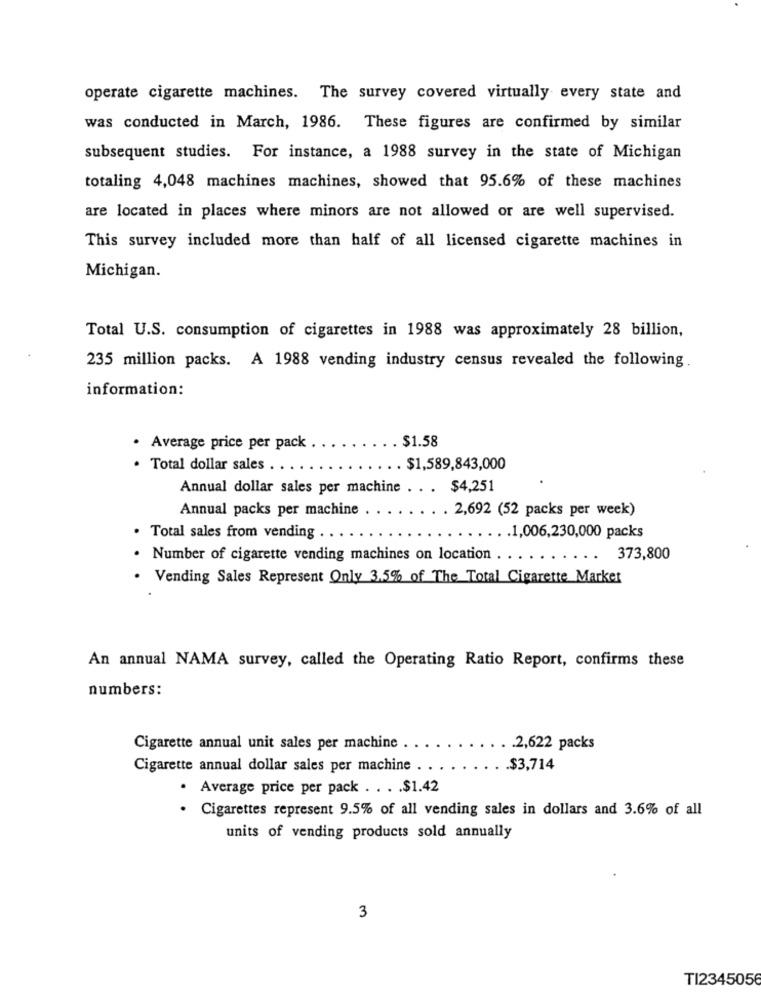
operate cigarette machines. The survey covered virtually every state and
was conducted in March, 1986. These figures are confirmed by similar
subsequent studies. For instance, a 1988 survey in the state of Michigan
totaling 4,048 machines machines, showed that 95.6% of these machines
are located in places where minors are not allowed or are well supervised.
This survey included more than half of all licensed cigarette machines in
Michigan.
Total U.S. consumption of cigarettes in 1988 was approximately 28 billion,
235 million packs. A 1988 vending industry census revealed the following.
information:
. $1.58
. Average price per pack
· Total dollar sales .
. $1,589,843,000
Annual dollar sales per machine . . . $4,251
Annual packs per machine
. 2,692 (52 packs per week)
. Total sales from vending . .
... . 1,006,230,000 packs
· Number of cigarette vending machines on location .
...
...
373,800
. Vending Sales Represent Only 3,5% of The Total Cigarette Market
An annual NAMA survey, called the Operating Ratio Report, confirms these
numbers:
Cigarette annual unit sales per machine
. . 2,622 packs
Cigarette annual dollar sales per machine .
. . $3,714
· Average price per pack . . . . $1.42
· Cigarettes represent 9.5% of all vending sales in dollars and 3.6% of all
units of vending products sold annually
3
TI2345056